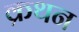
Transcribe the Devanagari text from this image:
क्रथन